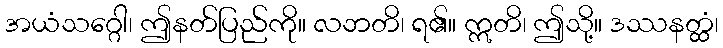
အယံသဂ္ဂေါ၊ ဤနတ်ပြည်ကို။ လဘတိ၊ ရ၏။ ဣတိ၊ ဤသို့။ ဒဿနတ္ထံ၊